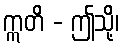
ဣတိ - ဤသို့၊